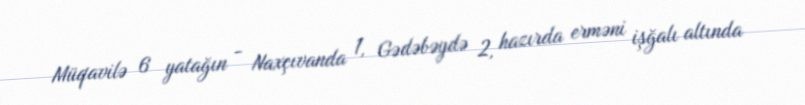
Müqavilə 6 yatağın - Naxçıvanda 1, Gədəbəydə 2, hazırda erməni işğalı altında